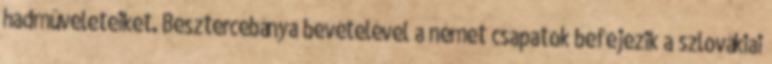
hadmûveleteiket. Besztercebánya bevételével a német csapatok befejezik a szlovákiai